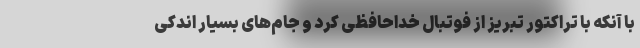
با آنکه با تراکتور تبریز از فوتبال خداحافظی کرد و جام‌های بسیار اندکی